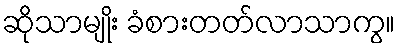
ဆိုသာမျိုး ခံစားတတ်လာသာကွ။